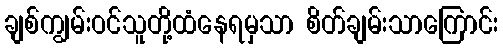
ချစ်ကျွမ်းဝင်သူတို့ထံနေရမှသာ စိတ်ချမ်းသာကြောင်း